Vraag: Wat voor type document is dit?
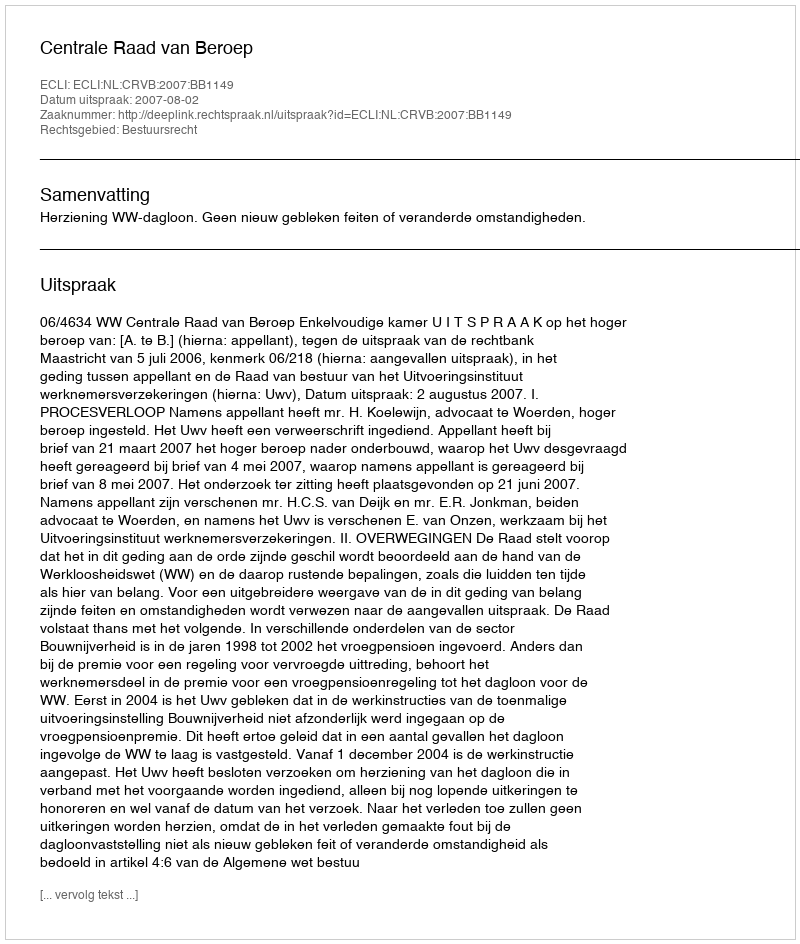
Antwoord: Uitspraak